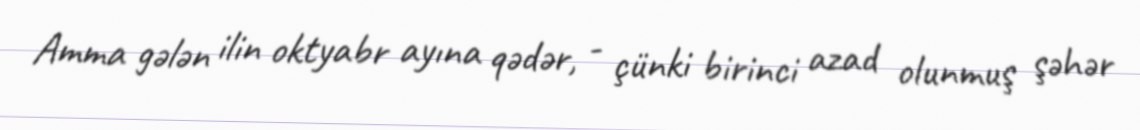
Amma gələn ilin oktyabr ayına qədər, - çünki birinci azad olunmuş şəhər